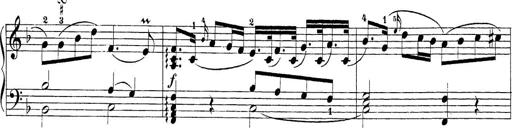
Title: Sonatina Album
Composer: Louis KÃ¶hler